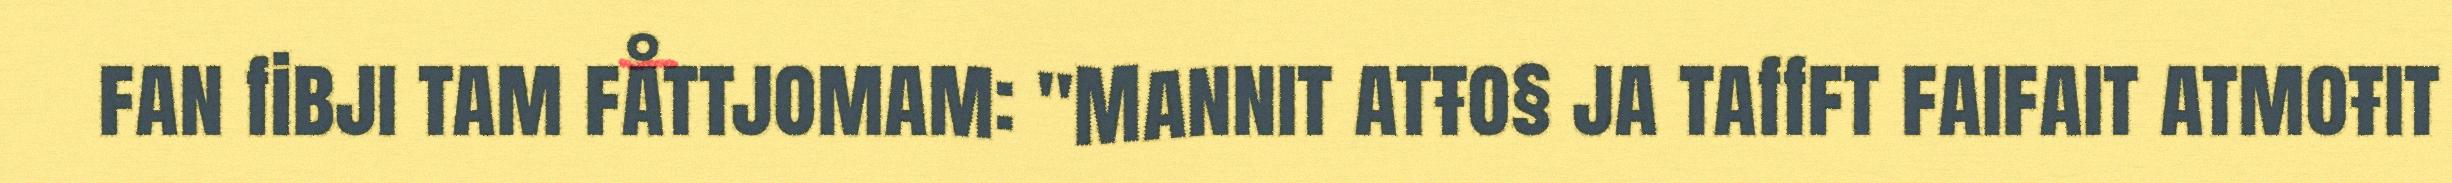
fan fibji tam fåttjomam: "Mannit atŧo§ ja taffft faifait atmoŧit